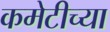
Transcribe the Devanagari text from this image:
कमेटीच्या